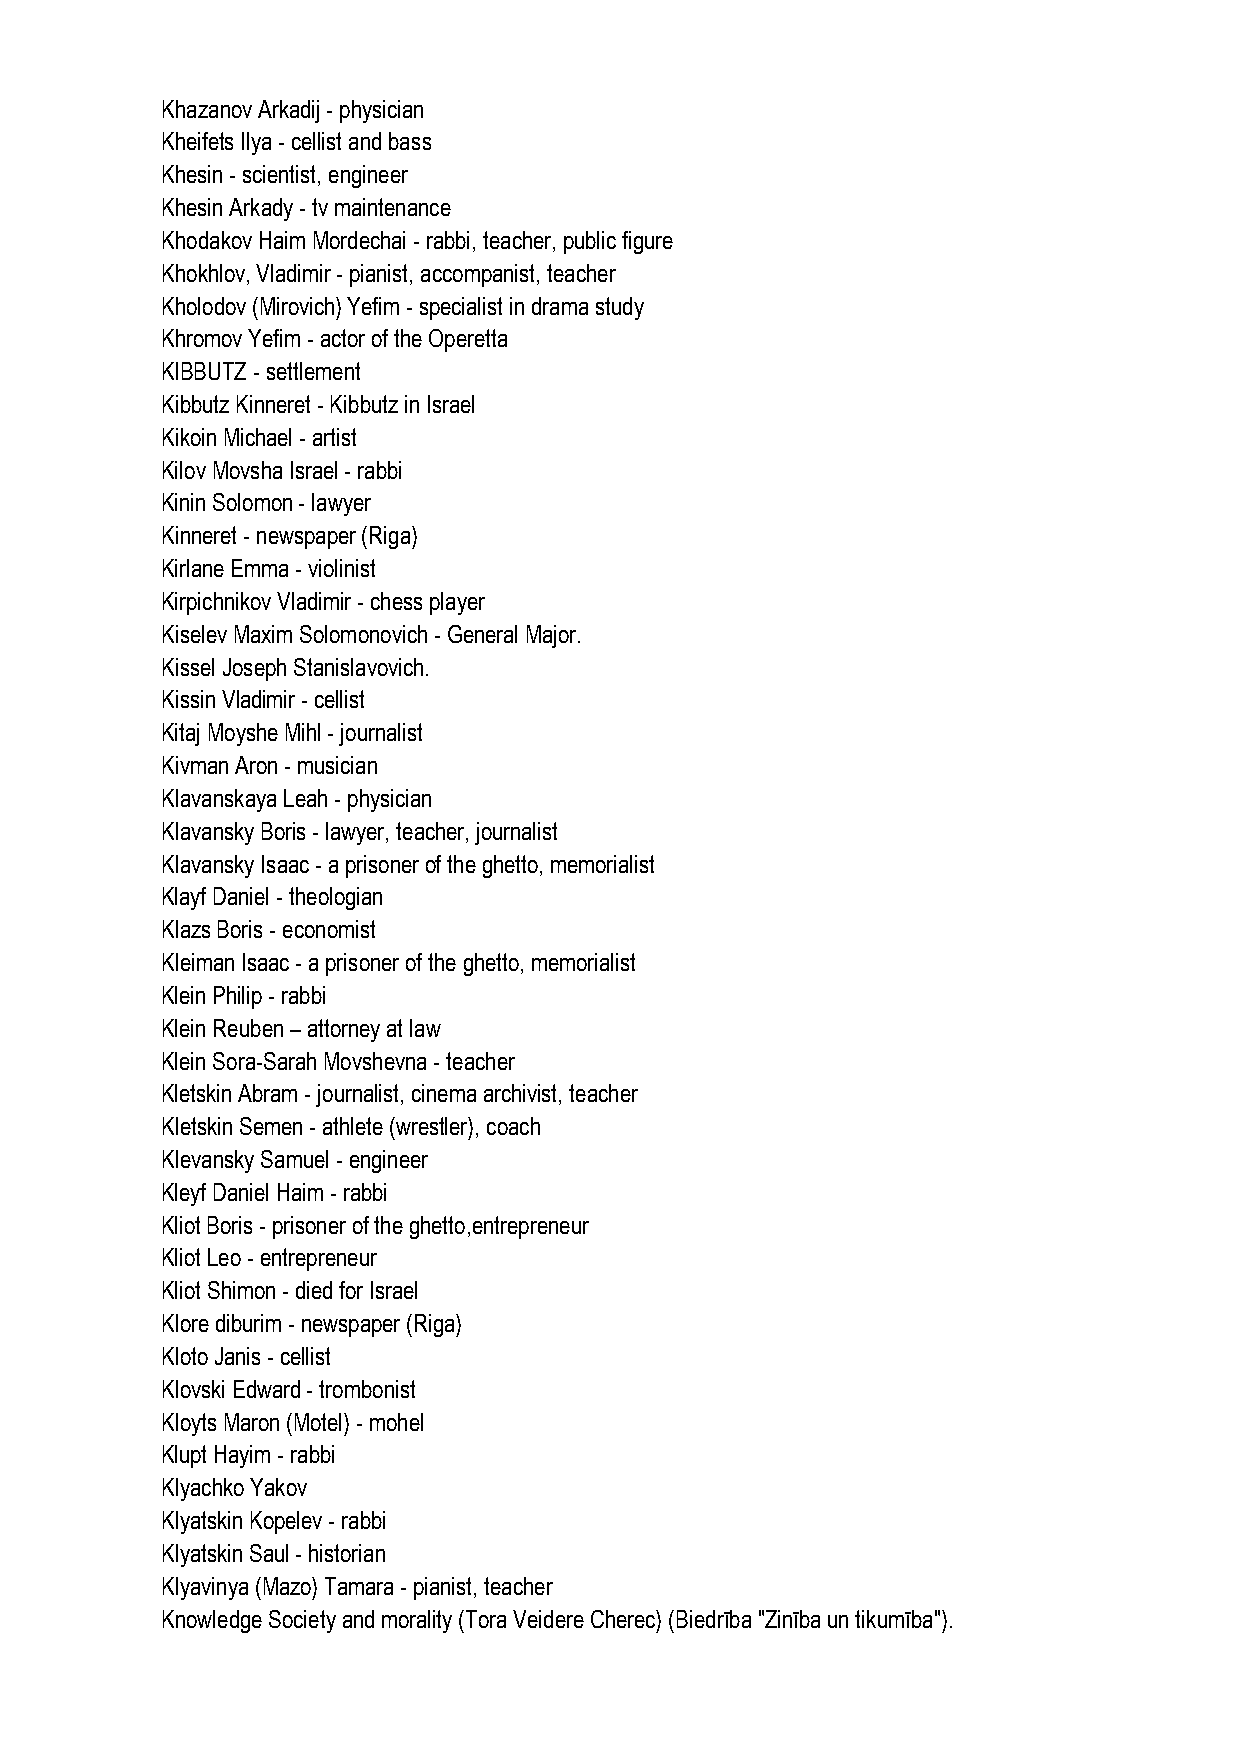
Khazanov Arkadij - physician
 Kheifets Ilya - cellist and bass
 Khesin - scientist, engineer
 Khesin Arkady - tv maintenance
 Khodakov Haim Mordechai - rabbi, teacher, public figure
 Khokhlov, Vladimir - pianist, accompanist, teacher
 Kholodov (Mirovich) Yefim - specialist in drama study
 Khromov Yefim - actor of the Operetta
 KIBBUTZ - settlement
 Kibbutz Kinneret - Kibbutz in Israel
 Kikoin Michael - artist
 Kilov Movsha Israel - rabbi
 Kinin Solomon - lawyer
 Kinneret - newspaper (Riga)
 Kirlane Emma - violinist
 Kirpichnikov Vladimir - chess player
 Kiselev Maxim Solomonovich - General Major.
 Kissel Joseph Stanislavovich.
 Kissin Vladimir - cellist
 Kitaj Moyshe Mihl - journalist
 Kivman Aron - musician
 Klavanskaya Leah - physician
 Klavansky Boris - lawyer, teacher, journalist
 Klavansky Isaac - a prisoner of the ghetto, memorialist
 Klayf Daniel - theologian
 Klazs Boris - economist
 Kleiman Isaac - a prisoner of the ghetto, memorialist
 Klein Philip - rabbi
 Klein Reuben – attorney at law
 Klein Sora-Sarah Movshevna - teacher
 Kletskin Abram - journalist, cinema archivist, teacher
 Kletskin Semen - athlete (wrestler), coach
 Klevansky Samuel - engineer
 Kleyf Daniel Haim - rabbi
 Kliot Boris - prisoner of the ghetto,entrepreneur
 Kliot Leo - entrepreneur
 Kliot Shimon - died for Israel
 Klore diburim - newspaper (Riga)
 Kloto Janis - cellist
 Klovski Edward - trombonist
 Kloyts Maron (Motel) - mohel
 Klupt Hayim - rabbi
 Klyachko Yakov
 Klyatskin Kopelev - rabbi
 Klyatskin Saul - historian
 Klyavinya (Mazo) Tamara - pianist, teacher
 Knowledge Society and morality (Tora Veidere Cherec) (Biedrība "Zinība un tikumība").